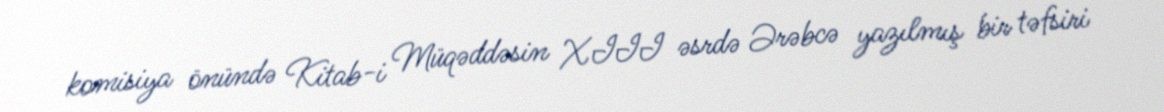
komisiya önündə Kitab-i Müqəddəsin XIII əsrdə Ərəbcə yazılmış bir təfsiri